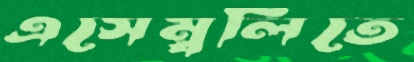
এসেম্বলিতে